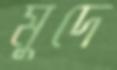
মুদে